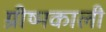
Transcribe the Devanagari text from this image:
ग्रीष्मकाली